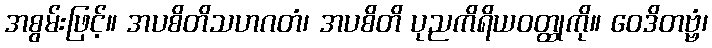
အစွမ်းဖြင့်။ အပစိတိသဟဂတံ၊ အပစိတိ ပုညကိရိယဝတ္ထုကို။ ဝေဒိတဗ္ဗံ၊